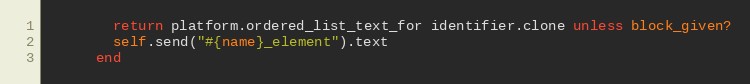
Language: Ruby
        return platform.ordered_list_text_for identifier.clone unless block_given?
        self.send("#{name}_element").text
      end